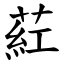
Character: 葒